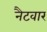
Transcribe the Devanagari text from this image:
नैटवार